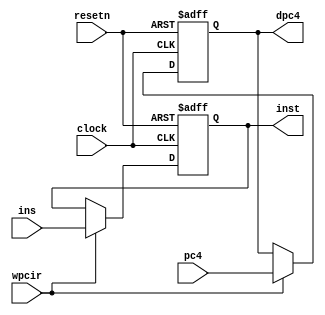
module pipeir ( pc4,ins,wpcir,clock,resetn,dpc4,inst );   // if state
//pipeir inst_reg   ( pc4,ins,wpcir,clock,resetn,dpc4,inst );
   
   input  [31:0] pc4,ins ;
   input         wpcir,clock,resetn ;
   output [31:0] dpc4,inst ;
   
   wire   [31:0] pc4,ins ;
   wire          wpcir,clock,resetn ;
   
   reg    [31:0] dpc4,inst ;
	
	
   always @ (negedge resetn or posedge clock)
      if (resetn == 0)
         begin
            dpc4 <= 0;
            inst <= 0;          
         end 
      else if (wpcir == 1) 
         begin 
            dpc4 <= pc4;
            inst <= ins;
         end

endmodule